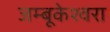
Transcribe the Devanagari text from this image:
जम्बूकेश्‍वरा